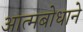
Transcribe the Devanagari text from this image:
आत्मबोधाने